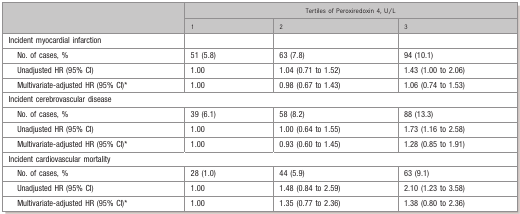
|  | <COLSPAN=3> Tertiles of Peroxiredoxin 4, U/L |
 |  | 1 | 2 | 3 |
 | --- | --- | --- | --- |
 | Incident myocardial infarction |  |  |  |
 | No. of cases, % | 51 (5.8) | 63 (7.8) | 94 (10.1) |
 | Unadjusted HR (95% CI) | 1.00 | 1.04 (0.71 to 1.52) | 1.43 (1.00 to 2.06) |
 | Multivariate-adjusted HR (95% CI)* | 1.00 | 0.98 (0.67 to 1.43) | 1.06 (0.74 to 1.53) |
 | <COLSPAN=4> Incident cerebrovascular disease |
 | No. of cases, % | 39 (6.1) | 58 (8.2) | 88 (13.3) |
 | Unadjusted HR (95% CI) | 1.00 | 1.00 (0.64 to 1.55) | 1.73 (1.16 to 2.58) |
 | Multivariate-adjusted HR (95% CI)* | 1.00 | 0.93 (0.60 to 1.45) | 1.28 (0.85 to 1.91) |
 | <COLSPAN=4> Incident cardiovascular mortality |
 | No. of cases, % | 28 (1.0) | 44 (5.9) | 63 (9.1) |
 | Unadjusted HR (95% CI) | 1.00 | 1.48 (0.84 to 2.59) | 2.10 (1.23 to 3.58) |
 | Multivariate-adjusted HR (95% CI)* | 1.00 | 1.35 (0.77 to 2.36) | 1.38 (0.80 to 2.36) |